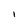
Character: I